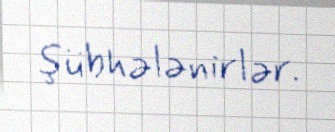
şübhələnirlər.